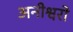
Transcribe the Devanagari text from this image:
अनीश्वरो